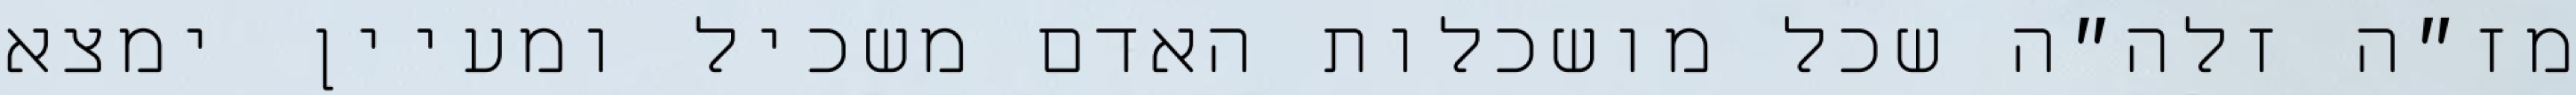
מז״ה זלה״ה שכל מושכלות האדם משכיל ומעיין ימצא